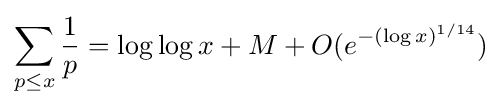
\sum _{p\leq x}{\frac {1}{p}}=\log \log x+M+O(e^{-(\log x)^{1/14}})